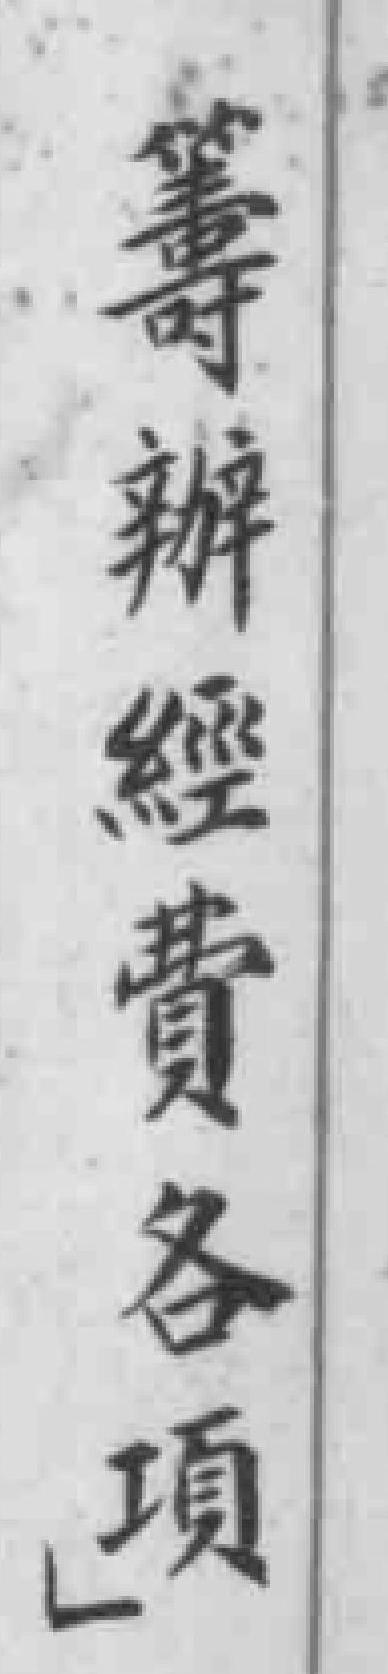
籌辦經費各項